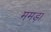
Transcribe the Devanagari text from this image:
ममड़ा